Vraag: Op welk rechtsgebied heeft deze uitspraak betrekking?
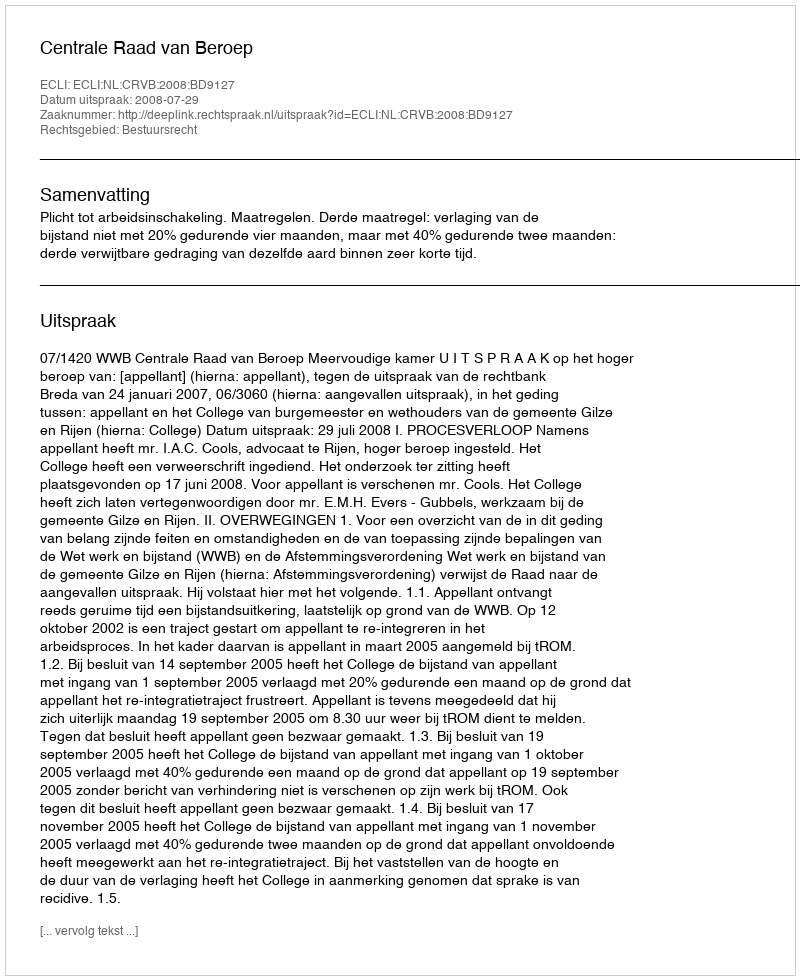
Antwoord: Bestuursrecht